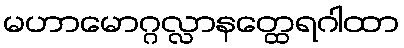
မဟာမောဂ္ဂလ္လာနတ္ထေရဂါထာ